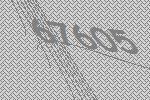
67605